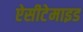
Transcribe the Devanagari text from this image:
ऐसीटेमाइड